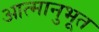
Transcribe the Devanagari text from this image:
आत्मानुभूत